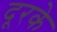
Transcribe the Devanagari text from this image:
दूरके